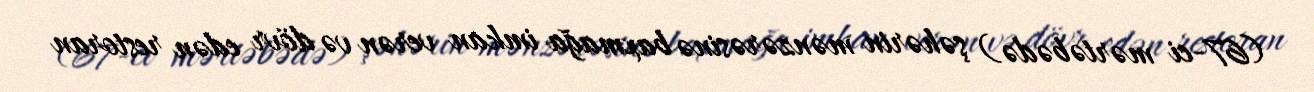
(67-ci mərtəbədə) şəhərin mənzərəsinə baxmağa imkan verən və dövr edən restoran